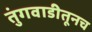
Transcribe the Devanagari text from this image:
तुंगवाडीतूनच